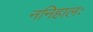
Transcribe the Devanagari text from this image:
ननिहालः